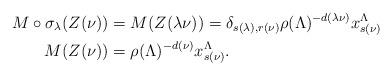
LaTeX: \begin{align*}M\circ\sigma_\lambda(Z(\nu))& =M(Z(\lambda\nu))=\delta_{s(\lambda), r(\nu)}\rho(\Lambda)^{-d(\lambda\nu)}x^\Lambda_{s(\nu)} \\ M(Z(\nu))& =\rho(\Lambda)^{-d(\nu)}x^\Lambda_{s(\nu)}.\end{align*}